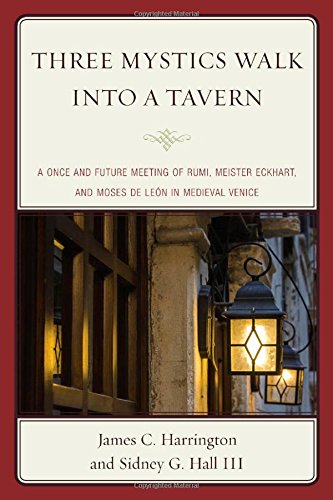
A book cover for Three Mystics Walk into a Tavern: A Once and Future Meeting of Rumi, Meister Eckhart, and Moses de LeÃ³n in Medieval Venice; James C. Harrington; Religion & Spirituality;